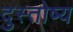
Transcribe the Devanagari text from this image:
दुस्तोष्य